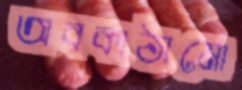
অবকাঠামো